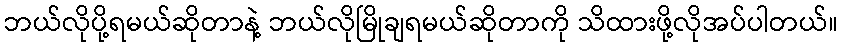
ဘယ်လိုပို့ရမယ်ဆိုတာနဲ့ ဘယ်လိုမြိုချရမယ်ဆိုတာကို သိထားဖို့လိုအပ်ပါတယ်။